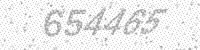
Solution: 654465